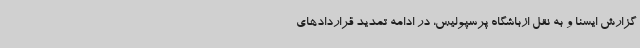
گزارش ایسنا و به نقل ازباشگاه پرسپولیس، در ادامه تمدید قراردادهای